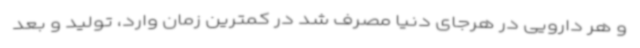
و هر دارویی در هرجای دنیا مصرف شد در کمترین زمان وارد، تولید و بعد